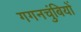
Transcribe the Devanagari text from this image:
गगनचुंबियों